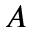
A